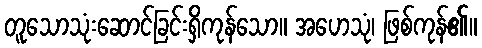
တူသောသုံးဆောင်ခြင်းရှိကုန်သော။ အဟေသုံ၊ ဖြစ်ကုန်၏။